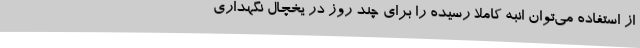
از استفاده می‌توان انبه کاملا رسیده را برای چند روز در یخچال نگهداری